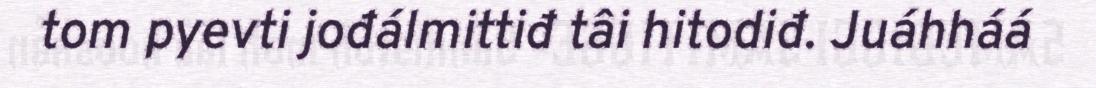
tom pyevti jođálmittiđ tâi hitodiđ. Juáhháá